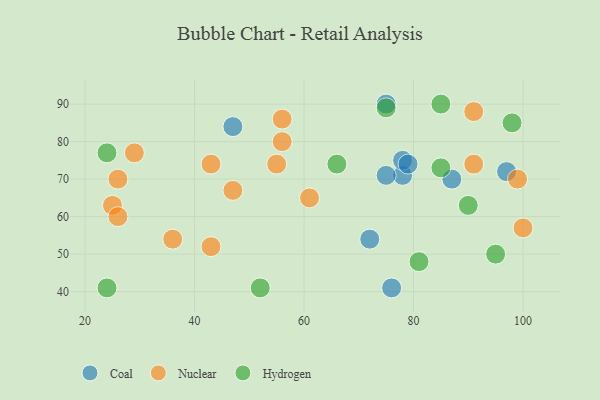
{"axis": {"x": "GDP", "y": "Life Expectancy"}, "legend": ["Coal", "Hydrogen", "Nuclear"], "data": [{"x": "78", "y": 71, "type": "Coal"}, {"x": "75", "y": 71, "type": "Coal"}, {"x": "47", "y": 84, "type": "Coal"}, {"x": "76", "y": 41, "type": "Coal"}, {"x": "97", "y": 72, "type": "Coal"}, {"x": "87", "y": 70, "type": "Coal"}, {"x": "75", "y": 90, "type": "Coal"}, {"x": "78", "y": 75, "type": "Coal"}, {"x": "72", "y": 54, "type": "Coal"}, {"x": "79", "y": 74, "type": "Coal"}, {"x": "29", "y": 77, "type": "Nuclear"}, {"x": "36", "y": 54, "type": "Nuclear"}, {"x": "43", "y": 74, "type": "Nuclear"}, {"x": "43", "y": 52, "type": "Nuclear"}, {"x": "25", "y": 63, "type": "Nuclear"}, {"x": "26", "y": 70, "type": "Nuclear"}, {"x": "47", "y": 67, "type": "Nuclear"}, {"x": "56", "y": 86, "type": "Nuclear"}, {"x": "91", "y": 74, "type": "Nuclear"}, {"x": "91", "y": 88, "type": "Nuclear"}, {"x": "56", "y": 80, "type": "Nuclear"}, {"x": "61", "y": 65, "type": "Nuclear"}, {"x": "99", "y": 70, "type": "Nuclear"}, {"x": "26", "y": 60, "type": "Nuclear"}, {"x": "55", "y": 74, "type": "Nuclear"}, {"x": "100", "y": 57, "type": "Nuclear"}, {"x": "98", "y": 85, "type": "Hydrogen"}, {"x": "24", "y": 41, "type": "Hydrogen"}, {"x": "85", "y": 73, "type": "Hydrogen"}, {"x": "24", "y": 77, "type": "Hydrogen"}, {"x": "52", "y": 41, "type": "Hydrogen"}, {"x": "90", "y": 63, "type": "Hydrogen"}, {"x": "81", "y": 48, "type": "Hydrogen"}, {"x": "66", "y": 74, "type": "Hydrogen"}, {"x": "85", "y": 90, "type": "Hydrogen"}, {"x": "95", "y": 50, "type": "Hydrogen"}, {"x": "75", "y": 89, "type": "Hydrogen"}]}